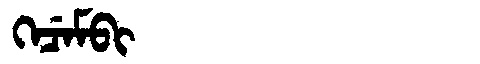
Manchu: ᡴᡝᠴᡝᠮᠪᡳ
Romanization: KECEMBI